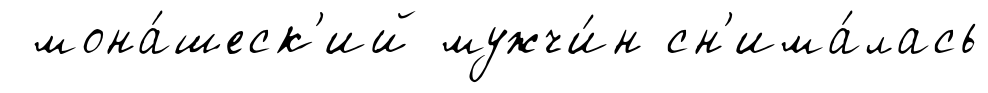
мона́шеск'ий мужчи́н сн'има́лась